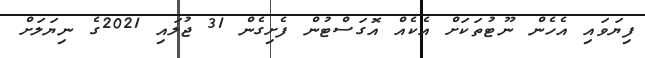
ފިޔަވައި އެހެން ނޫޓުތަކަށް އެކެއް އޮގަސްޓުން ފެށިގެން 31 ޖުލައި 2021ގެ ނިޔަލަށް